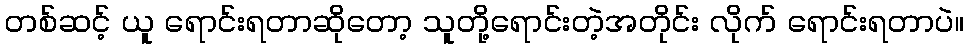
တစ်ဆင့် ယူ ရောင်းရတာဆိုတော့ သူတို့ရောင်းတဲ့အတိုင်း လိုက် ရောင်းရတာပဲ။